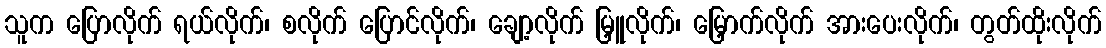
သူက ပြောလိုက် ရယ်လိုက်၊ စလိုက် ပြောင်လိုက်၊ ချော့လိုက် မြှူလိုက်၊ မြှောက်လိုက် အားပေးလိုက်၊ တွတ်ထိုးလိုက်